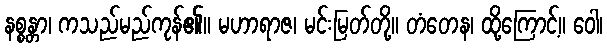
နစ္စန္တာ၊ ကသည်မည်ကုန်၏။ မဟာရာဇ၊ မင်းမြတ်တို့။ တံတေန၊ ထို့ကြောင့်။ ဝေါ၊